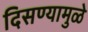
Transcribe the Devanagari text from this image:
दिसण्यामुळे